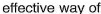
effective way of